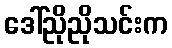
ဒေါ်ညိုညိုသင်းက